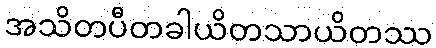
အသိတပီတခါယိတသာယိတဿ